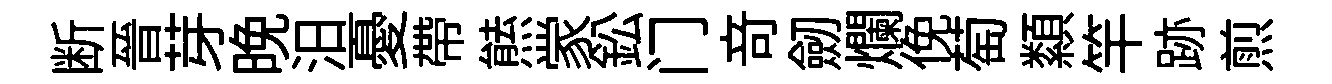
断晉芽晩汨憂帶㷱䝉鈆门竒劒爛俛萄纇竿跡煎